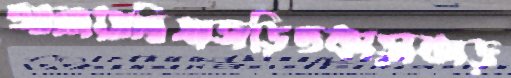
আনায়াদ্বিধাজড়িতকাড়াকাড়